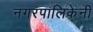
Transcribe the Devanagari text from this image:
नगरपालिकेनी